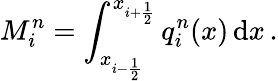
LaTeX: M_{i}^{n}=\int_{x_{i-\frac{1}{2}}}^{x_{i+\frac{1}{2}}}q_{i}^{n}(x)\, \mathrm{d}x\, .